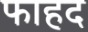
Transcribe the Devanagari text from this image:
फाहद